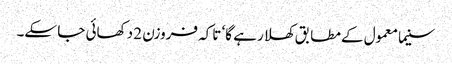
سنیما معمول کے مطابق کھلا رہے گا‘ تاکہ فروزن 2 دکھائی جا سکے۔